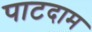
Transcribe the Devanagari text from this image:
पाटदाम